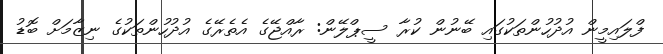
ފްލައިމީން އުދުހުންތަކުގައި ބޭނުން ކުރާ ސީޕްލޭން: ރާއްޖޭގެ އެތެރޭގެ އުދުހުންތަކުގެ ނިޒާމަށް ބޮޑު